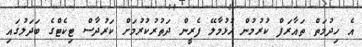
އެ ހިދުމަތް ތައާރަފް ކުރުމުން ހުޅުމާލޭ ފެރީން ދަތުރުކުރުމަށް ކަރުދާސް ޓިކެޓްގެ ބަދަލުގައި